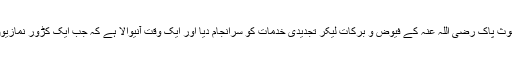
بلاشبہ ڈاکٹر طاہر القادری کا کردار ایک مجددانہ کردار ہے جنہوں نے غوث پاک رضی اللہ عنہ کے فیوض و برکات لیکر تجدیدی خدمات کو سرانجام دیا اور ایک وقت آنیوالا ہے کہ جب ایک کڑور نمازیوں کی جماعت کھڑی ہوگی اور باطل خس و خاشاک کی طرح بہہ جائیگا۔